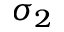
\sigma _ { 2 }